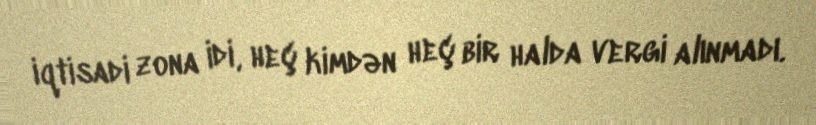
iqtisadi zona idi, heç kimdən heç bir halda vergi alınmadı.